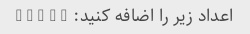
اعداد زیر را اضافه کنید: 5 + 7 + 9